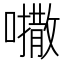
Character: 𫬒